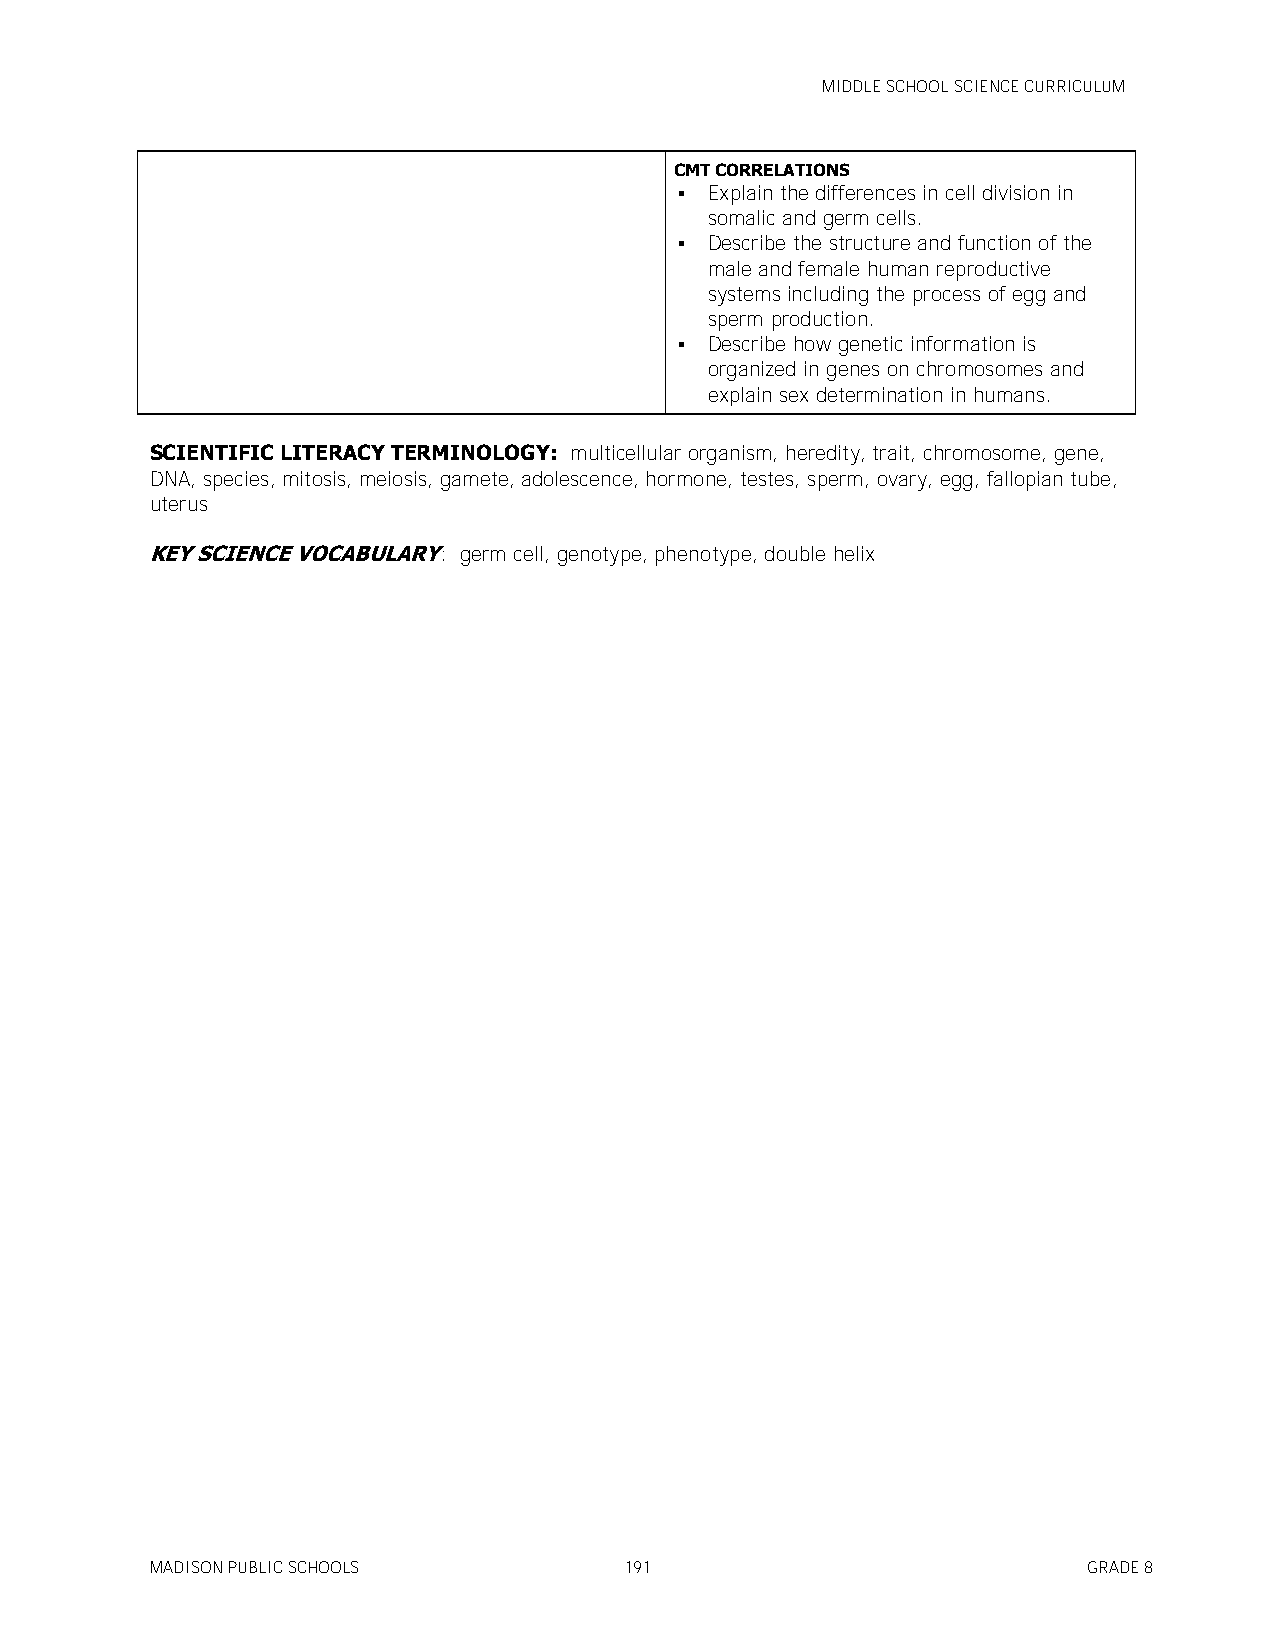
MIDDLE SCHOOL SCIENCE CURRICULUM
 CMT CORRELATIONS
  Explain the differences in cell division in
 somalic and germ cells.
  Describe the structure and function of the
 male and female human reproductive
 systems including the process of egg and
 sperm production.
  Describe how genetic information is
 organized in genes on chromosomes and
 explain sex determination in humans.
 SCIENTIFIC LITERACY TERMINOLOGY: multicellular organism, heredity, trait, chromosome, gene,
 DNA, species, mitosis, meiosis, gamete, adolescence, hormone, testes, sperm, ovary, egg, fallopian tube,
 uterus
 KEY SCIENCE VOCABULARY: germ cell, genotype, phenotype, double helix
 MADISON PUBLIC SCHOOLS         191                            GRADE 8